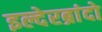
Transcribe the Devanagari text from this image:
इल्देरब्रांदो